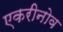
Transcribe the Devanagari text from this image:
एकरीनोव